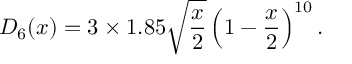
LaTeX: D _ { 6 } ( x ) = 3 \times 1 . 8 5 \sqrt { \frac { x } { 2 } } \left( 1 - { \frac { x } { 2 } } \right) ^ { 1 0 } .